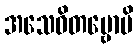
အသေဝိတဗ္ဗောပိ